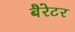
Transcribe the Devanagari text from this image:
बैरेटर